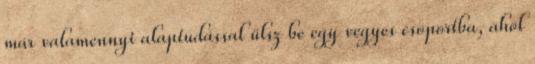
már valamennyi alaptudással ülsz be egy vegyes csoportba, ahol